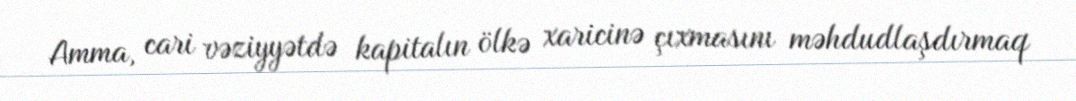
Amma, cari vəziyyətdə kapitalın ölkə xaricinə çıxmasını məhdudlaşdırmaq